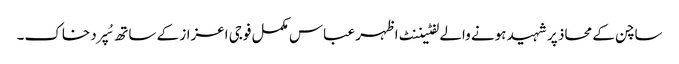
ساچن کے محاذ پر شہید ہونے والے لفٹیننٹ اظہر عباس مکمل فوجی اعزاز کے ساتھ سُپرد خاک۔